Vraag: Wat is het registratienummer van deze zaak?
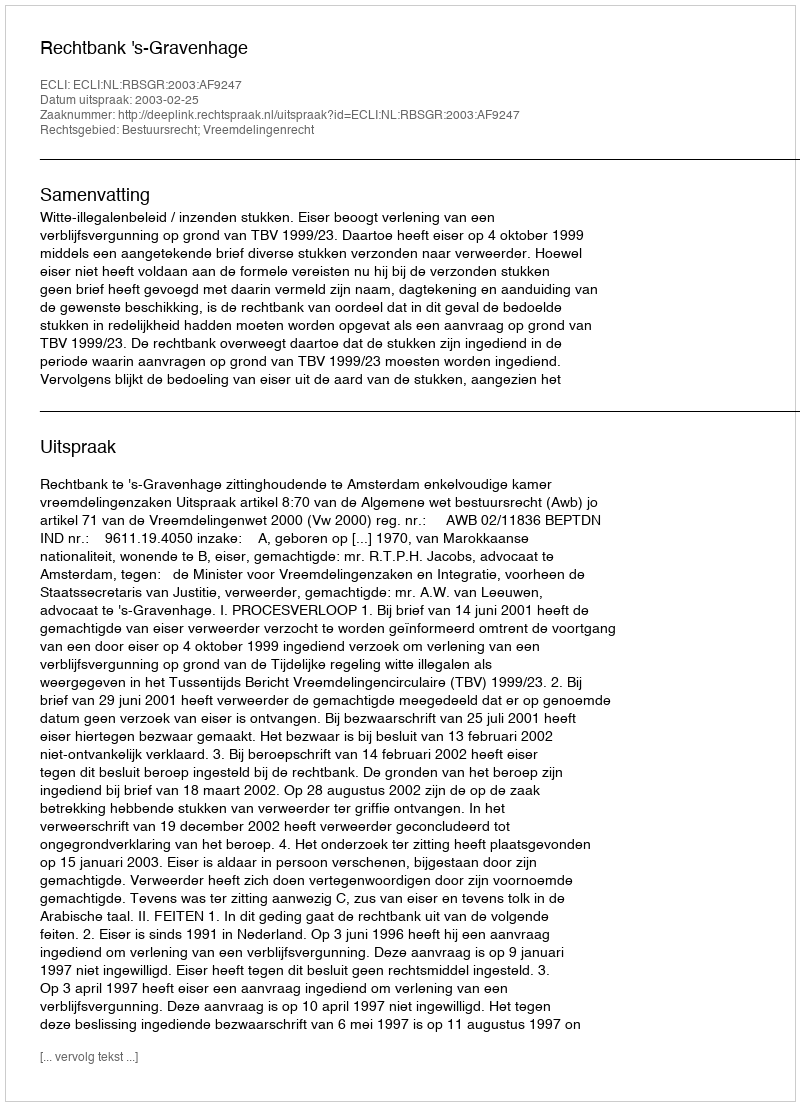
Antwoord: http://deeplink.rechtspraak.nl/uitspraak?id=ECLI:NL:RBSGR:2003:AF9247